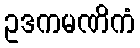
ဥဒကမဏိကံ